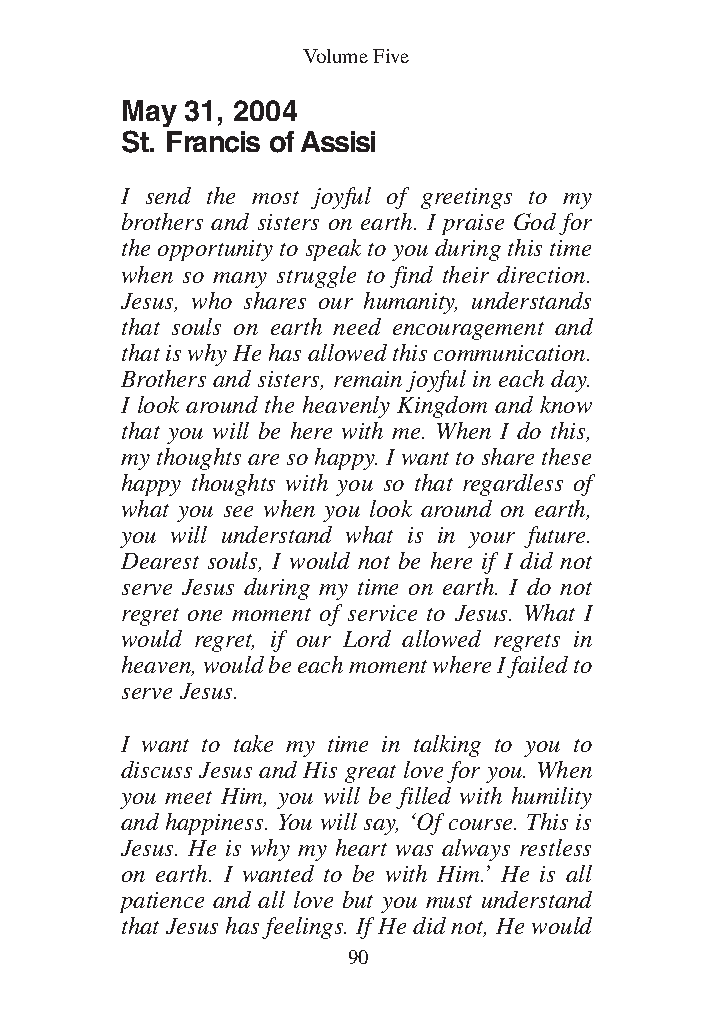
DFOT Vol 5 No App_1 12/3/13 8:54 PM Page 90
 Volume Five
 May 31, 2004
 St. Francis of Assisi
 I send the most joyful of greetings to my
 brothers and sisters on earth. I praise God for
 the opportunity to speak to you during this time
 when so many struggle to find their direction.
 Jesus, who shares our humanity, understands
 that souls on earth need encouragement and
 that is why He has allowed this communication.
 Brothers and sisters, remain joyful in each day.
 I look around the heavenly Kingdom and know
 that you will be here with me. When I do this,
 my thoughts are so happy. I want to share these
 happy thoughts with you so that regardless of
 what you see when you look around on earth,
 you will understand what is in your future.
 Dearest souls, I would not be here if I did not
 serve Jesus during my time on earth. I do not
 regret one moment of service to Jesus. What I
 would regret, if our Lord allowed regrets in
 heaven, would be each moment where I failed to
 serve Jesus.
 I want to take my time in talking to you to
 discuss Jesus and His great love for you. When
 you meet Him, you will be filled with humility
 and happiness. You will say, ‘Of course. This is
 Jesus. He is why my heart was always restless
 on earth. I wanted to be with Him.’ He is all
 patience and all love but you must understand
 that Jesus has feelings. If He did not, He would
 90